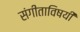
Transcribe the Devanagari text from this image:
संगीताविषयी